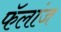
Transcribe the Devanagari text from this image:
फॅलांज